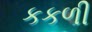
કકળી